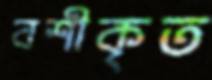
বশীকৃত